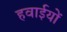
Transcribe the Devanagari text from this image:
हवाईयों